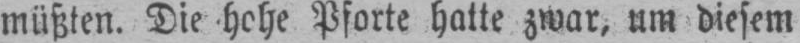
müßten. Die hohe Pforte hatte zwar, um diesem